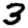
Digit: 3